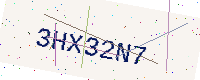
Text: 3HX32N7